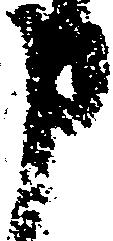
申